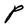
Character: P